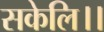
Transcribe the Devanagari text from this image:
सकेलि।।